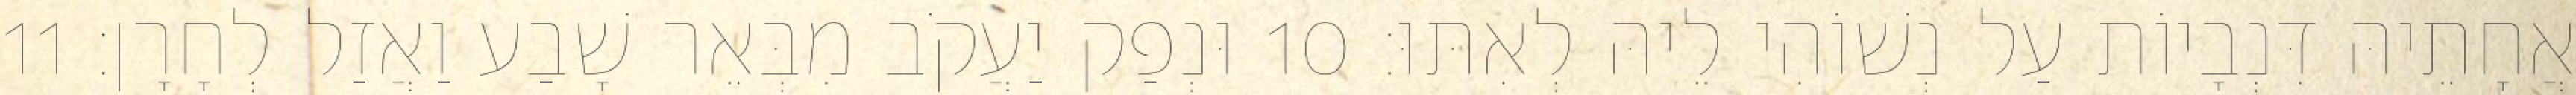
אֲחָתֵיהּ דִּנְבָיוֹת עַל נְשׁוֹהִי לֵיהּ לְאִתּוּ׃ 10 וּנְפַק יַעֲקֹב מִבְּאֵר שָׁבַע וַאֲזַל לְחָרָן׃ 11